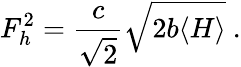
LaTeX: F_{h}^{2}=\frac{c}{\sqrt{2}}\sqrt{2b\langle H\rangle}\ .